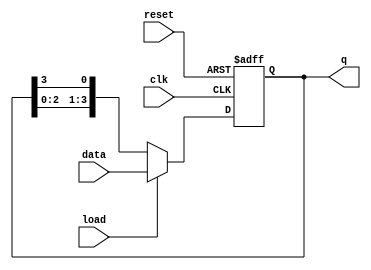
module LoadableRingCounter (
    input wire clk,          // Clock signal
    input wire reset,        // Asynchronous reset signal
    input wire load,         // Load input signal
    input wire [N-1:0] data, // Parallel input data to load
    output reg [N-1:0] q     // Output current state of the counter
);
    parameter N = 4; // Number of flip-flops (counter width)

    always @(posedge clk or posedge reset) begin
        if (reset) begin
            // Reset state
            q <= {N{1'b0}}; // Initialize to all zeros
        end else if (load) begin
            // Load mode
            q <= data; // Load data into the counter
        end else begin
            // Counting mode (ring counter behavior)
            q <= {q[N-2:0], q[N-1]}; // Shift right with feedback from last flip-flop
        end
    end
endmodule